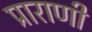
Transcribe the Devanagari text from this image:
प्राराणी